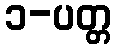
၁-ပတ္တ